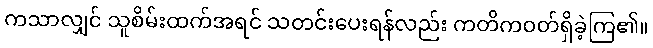
ကသာလျှင် သူစိမ်းထက်အရင် သတင်းပေးရန်လည်း ကတိကဝတ်ရှိခဲ့ကြ၏။